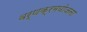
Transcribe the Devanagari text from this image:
वर्णक्रमयोजना